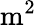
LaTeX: \mathrm{m}^{2}